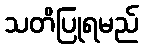
သတိပြုရမည်